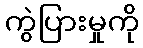
ကွဲပြားမှုကို